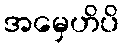
အမှေဟိပိ